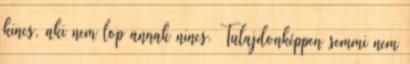
kincs, aki nem lop annak nincs. Tulajdonképpen semmi nem